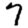
Digit: 7